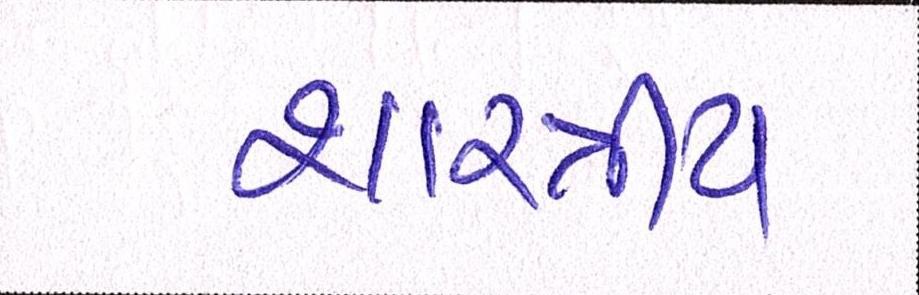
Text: શાસ્ત્રીય